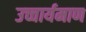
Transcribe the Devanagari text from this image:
उच्चार्यमाण